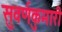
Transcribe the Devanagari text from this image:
सुवर्णकुमारी